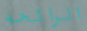
الرائحه